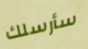
سأرسلك